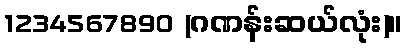
1234567890 (ဂဏန်းဆယ်လုံး)။